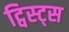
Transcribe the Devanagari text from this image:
ट्विस्ट्स